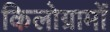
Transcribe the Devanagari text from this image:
किलोग्रामों